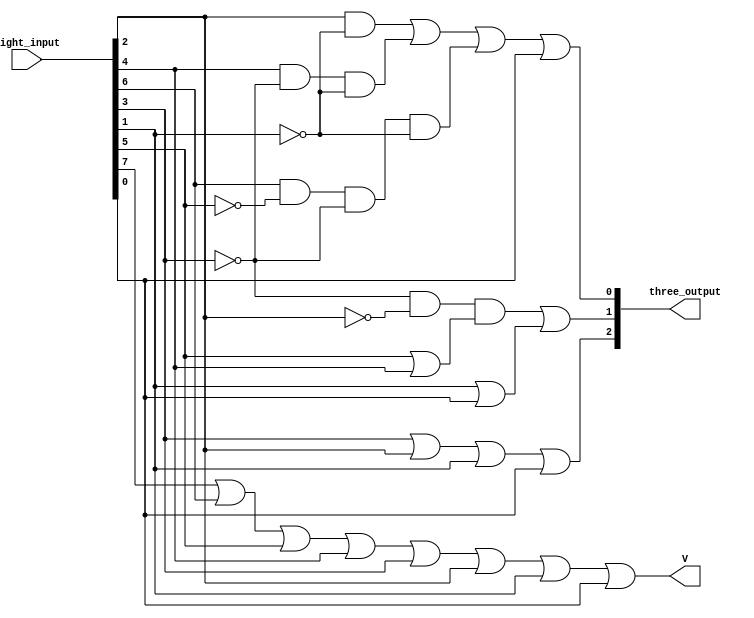

module encoder(	
		input [0:7] eight_input,
		output [2:0] three_output,
		output V
	);
	
    wire net1, net2, net3, net4, net5, net6, net7;
    
    or(V, eight_input[0], eight_input[1], eight_input[2], eight_input[3], eight_input[4], eight_input[5], eight_input[6], eight_input[7]);
    
    or(three_output[2], eight_input[4], eight_input[5], eight_input[6], eight_input[7]);
    
    and(net1, ~eight_input[4], ~eight_input[5]);
    or(net2, eight_input[2], eight_input[3]);
    or(net3, eight_input[6], eight_input[7]);
    and(net4, net1, net2);
    or(three_output[1], net4, net3);
    
    and(net5, eight_input[5], ~eight_input[6]);
    and(net6, eight_input[3], ~eight_input[4], ~eight_input[6]);
    and(net7, eight_input[1], ~eight_input[2], ~eight_input[4], ~eight_input[6]);
    or(three_output[0], net5, net6, net7, eight_input[7]);

    
	
endmodule